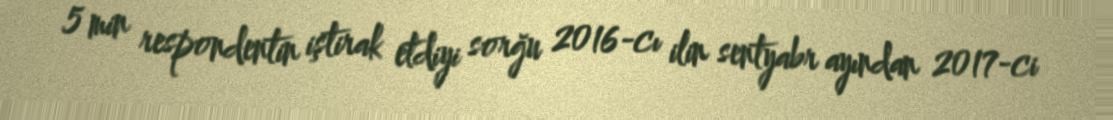
5 min respondentin iştirak etdiyi sorğu 2016-cı ilin sentyabr ayından 2017-ci